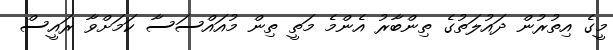
މީގެ އިތުރުން ދައުލަތުގެ ތިންބާރު އެންމެ މަތީ ތިން މުއައްސަސާ ކަމަށްވާ ރައީސް